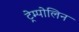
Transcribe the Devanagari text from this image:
ट्रेम्पोलिन